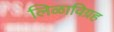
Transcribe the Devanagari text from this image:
लिळाविग्रह